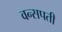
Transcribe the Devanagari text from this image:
वन्सपती